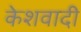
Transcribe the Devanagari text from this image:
केशवादी